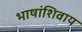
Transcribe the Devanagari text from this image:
भाषांशिवाय